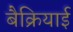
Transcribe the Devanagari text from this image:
बैक्रियाई